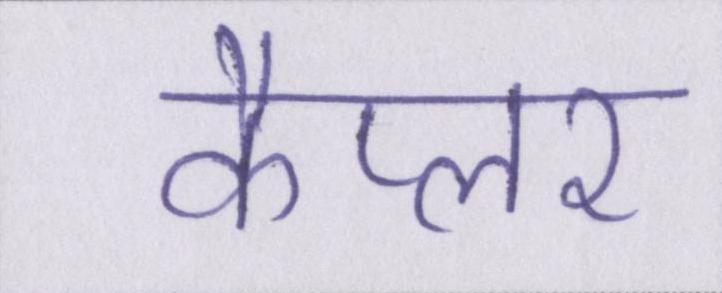
कैप्लर